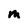
Character: M